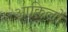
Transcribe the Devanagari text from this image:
आक़िलों